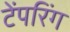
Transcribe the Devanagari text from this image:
टेंपरिंग